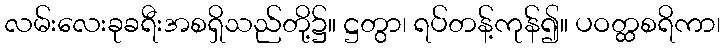
လမ်းလေးခုခရီးအစရှိသည်တို့၌။ ဋ္ဌတွာ၊ ရပ်တန့်ကုန်၍။ ပဝတ္ထစရိကာ၊